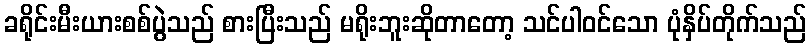
ခရိုင်းမီးယားစစ်ပွဲသည် စားပြီးသည် မရိုးဘူးဆိုတာတော့ သင်ပါဝင်သော ပုံနှိပ်တိုက်သည်